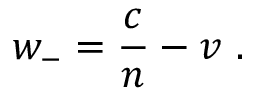
w _ { - } = { \frac { c } { n } } - v \ .